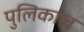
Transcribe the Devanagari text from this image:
पुलिकाल